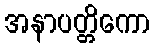
အနာပတ္တိကော